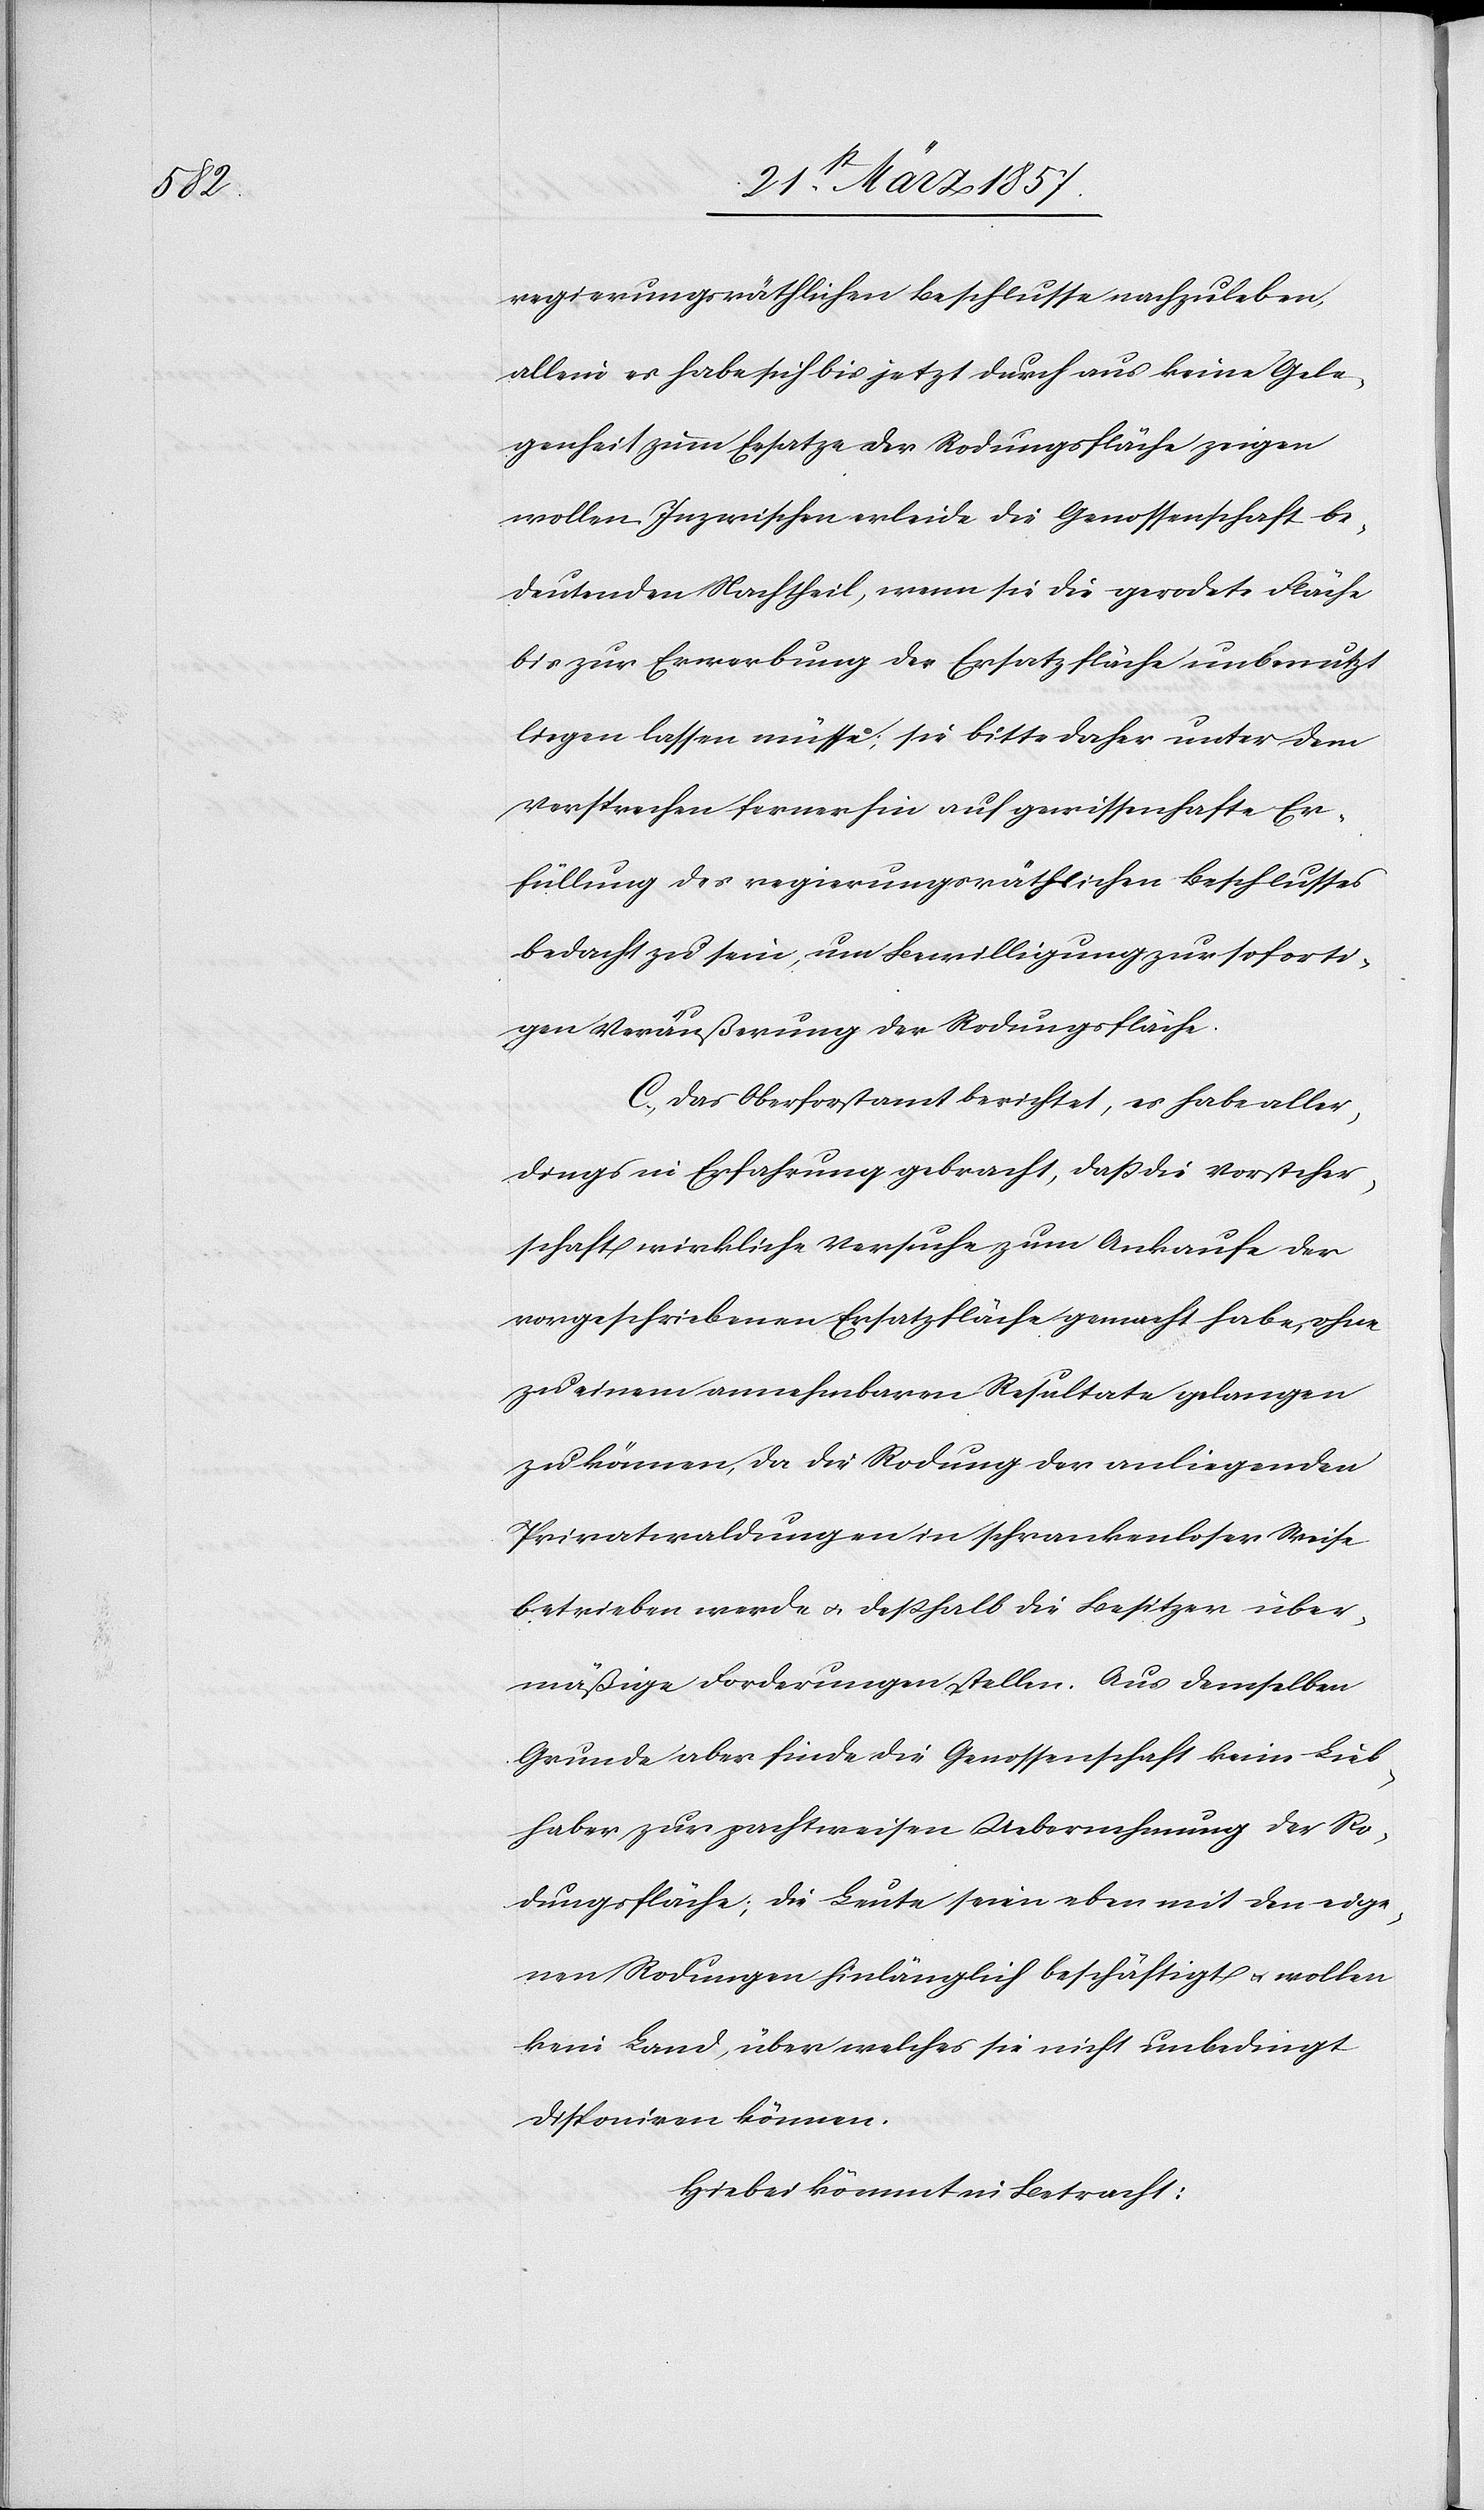
regierungsräthlichen Beschlusse nachzuleben,
allein es habe sich bis jetzt durchaus keine Gele¬
genheit zum Ersatze der Rodungsfläche zeigen
wollen. Inzwischen erleide die Genossenschaft be¬
deutenden Nachtheil, wenn sie die gerodete Fläche
bis zur Erwerbung der Ersatzfläche unbenutzt
liegen lassen müsse; sie bitte daher unter dem
Versprechen fernerhin auf gewissenhafte Er¬
füllung des regierungsräthlichen Beschlusses
bedacht zu sein, um Bewilligung zur soforti¬
gen Veräußerung der Rodungsfläche.
C. Das Oberforstamt berichtet, es habe aller¬
dings in Erfahrung gebracht, daß die Vorsteher¬
schaft wirkliche Versuche zum Ankaufe der
vorgeschriebenen Ersatzfläche gemacht habe, ohne
zu einem annehmbaren Resultate gelangen
zu können, da die Rodung der anliegenden
Privatwaldungen in schrankenloser Weise
betrieben werde u. deßhalb die Besitzer über¬
mäßige Forderungen stellen. Aus demselben
Grunde aber finde die Genossenschaft keine Lieb¬
haber zur pachtweisen Uebernehmung der Ro¬
dungsfläche; die Leute seien eben mit den eige¬
nen Rodungen hinlänglich beschäftigt u. wollen
kein Land, über welches sie nicht unbedingt
disponiren können.
Hiebei kömmt in Betracht: